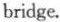
bridge.